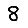
Digit: 8